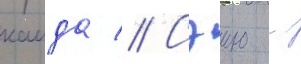
каида // Сэию -